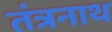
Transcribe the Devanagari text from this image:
तंंत्रनाथ